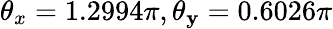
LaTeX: \theta_{x}=1.2994\pi,\theta_{\mathbf{y}}=0.6026\pi